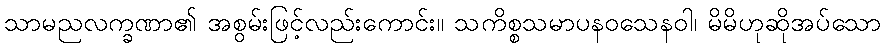
သာမညလက္ခဏာ၏ အစွမ်းဖြင့်လည်းကောင်း။ သကိစ္စသမာပနဝသေနဝါ၊ မိမိဟုဆိုအပ်သော